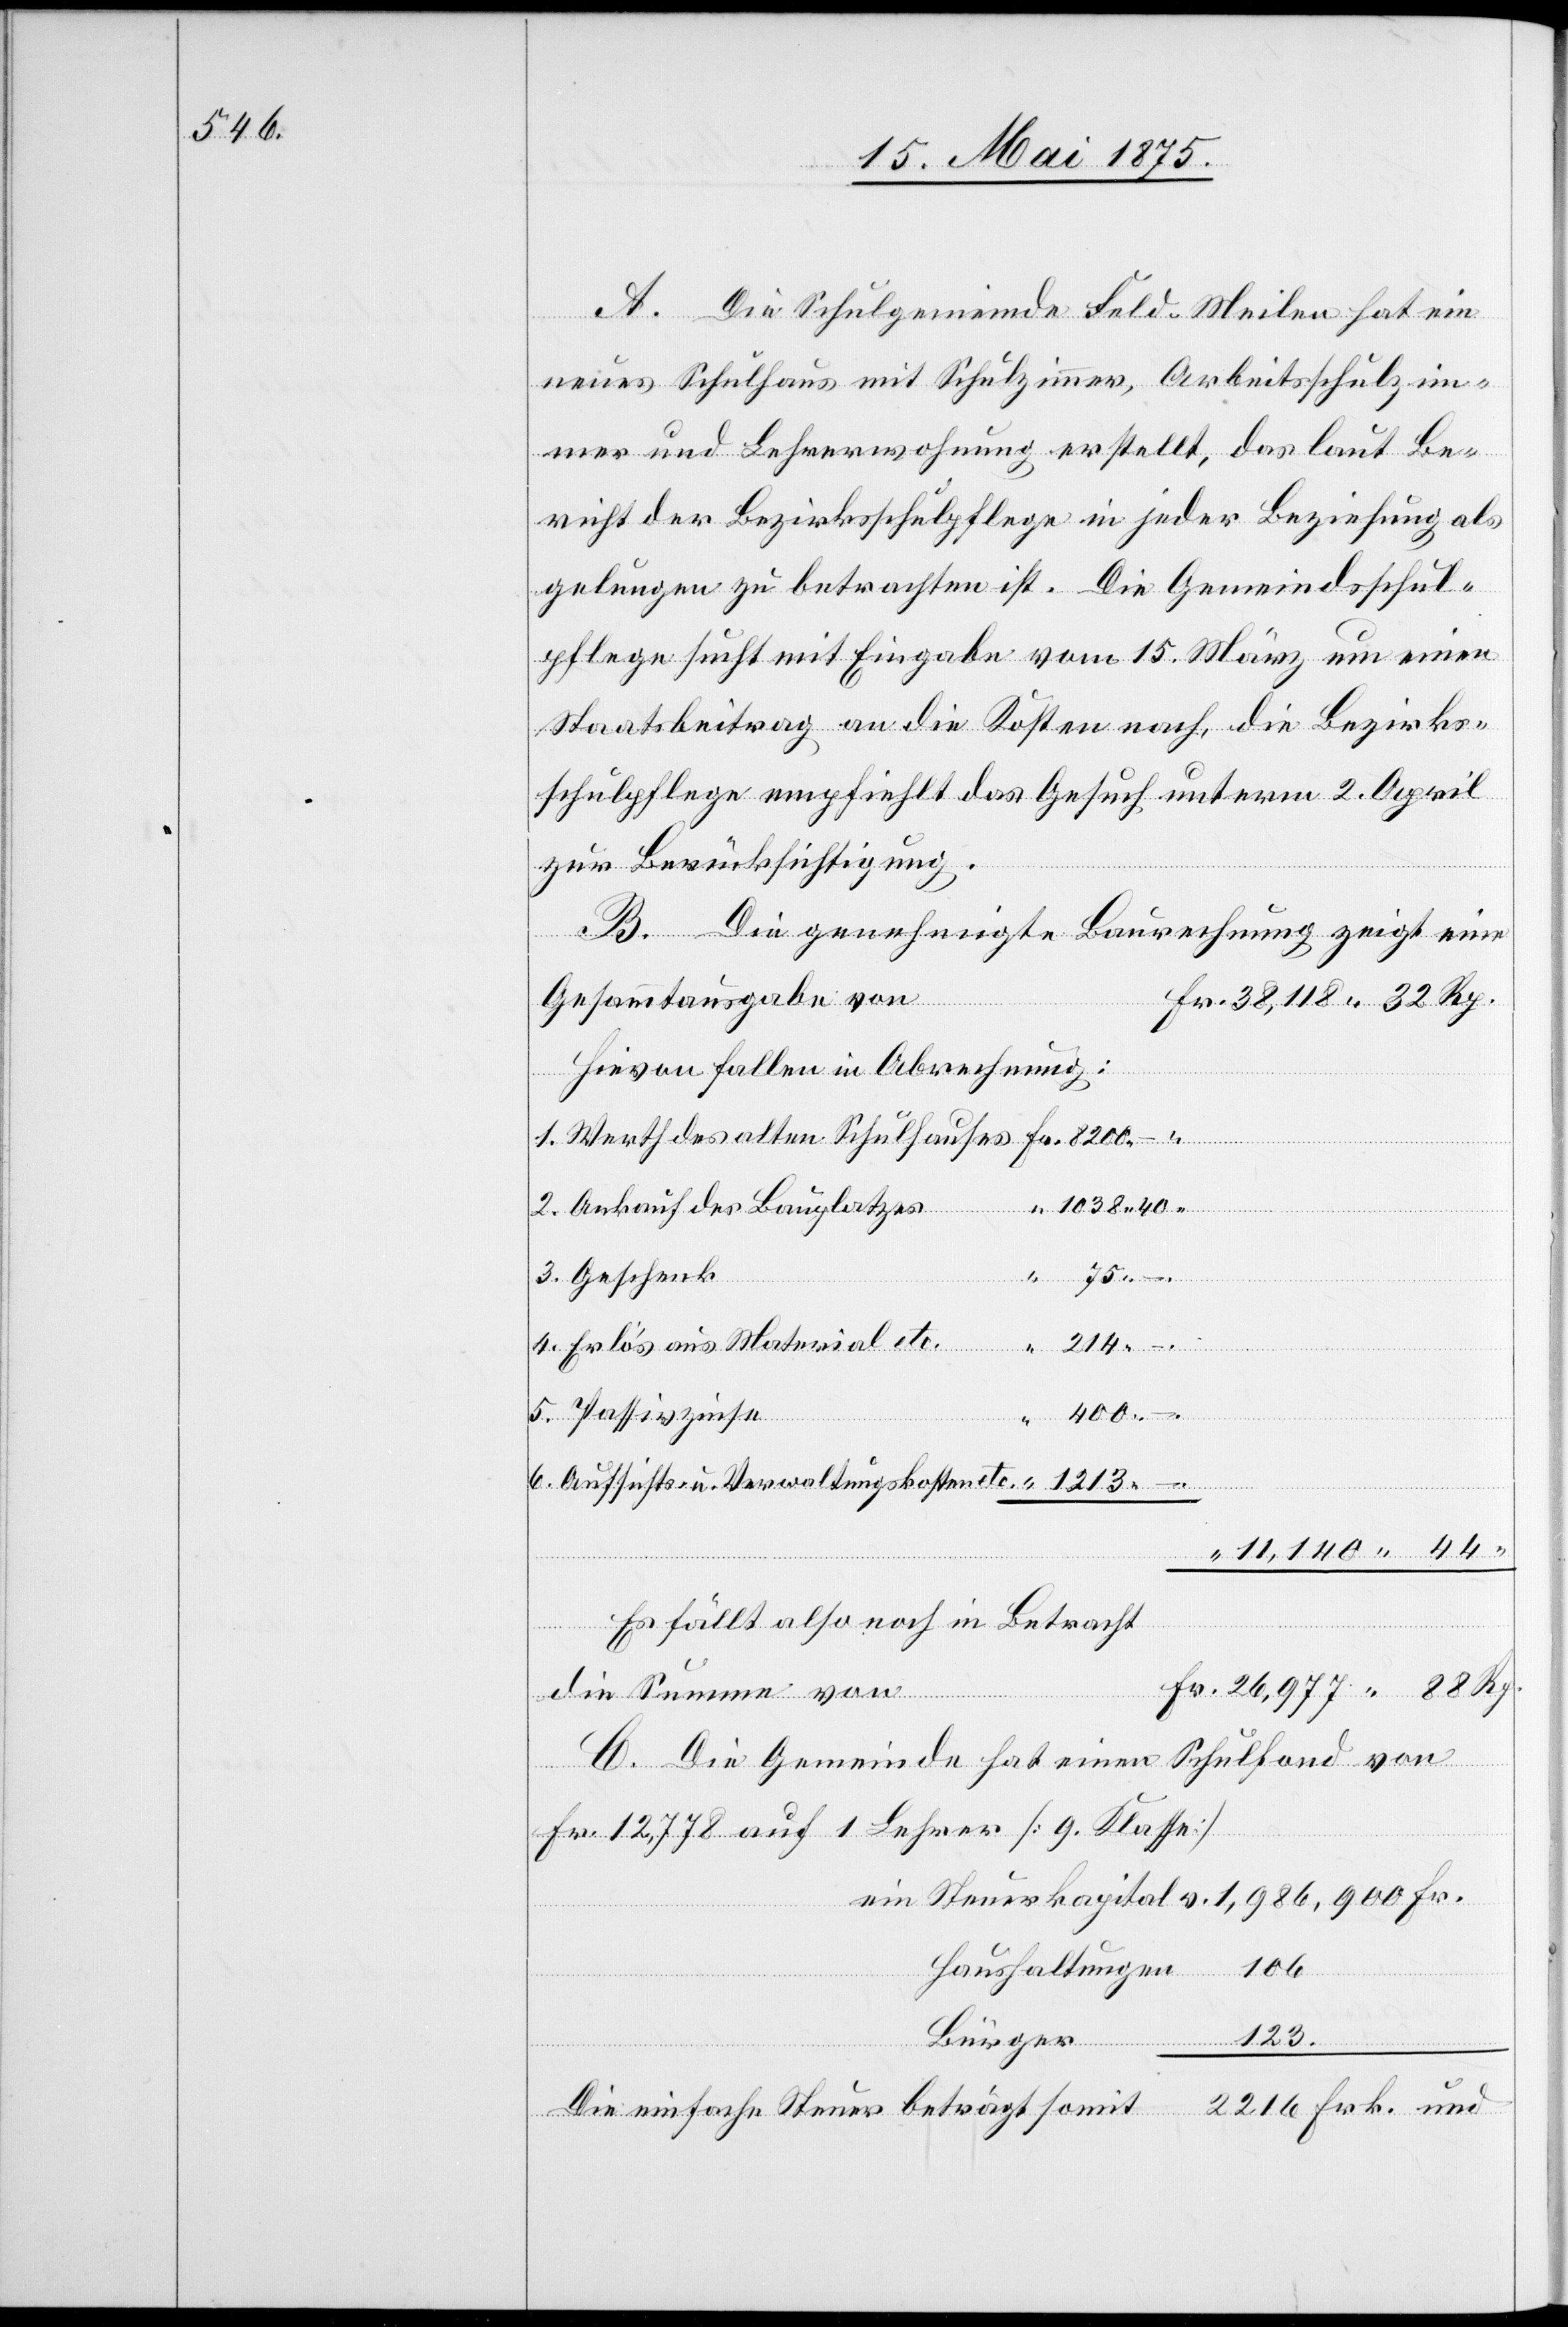
A. Die Schulgemeinde Feld-Meilen hat ein
neues Schulhaus mit Schulzimmer, Arbeitsschulzim¬
mer und Lehrerwohnung erstellt, das laut Be¬
richt der Bezirksschulpflege in jeder Beziehung als
gelungen zu betrachten ist. Die Gemeindsschul¬
pflege sucht mit Eingabe vom 15. März um einen
Staatsbeitrag an die Kosten nach, die Bezirks¬
schulpflege empfiehlt das Gesuch unterm 2. April
zur Berücksichtigung.
Die genehmigt Baurechnung zeigt eine
Gesammtausgabe von
Hievon fallen in Abrechnung:
75 –.
Erlös aus Material etc.
214
–.
400
Fr.
Ankauf
Aufsichts- u. Verwaltungskosten etc.
11,140 44
Es fällt also noch in Betracht
die Summe von
C. Die Gemeinde hat einen Schulfond von
ein
Fr.
Fr. 12,778 auf 1 Lehrer [9. Klasse]
Haushaltungen
106.
Bürger
123.
alten
2216 Frk. und
Die einfache Steuer beträgt somit